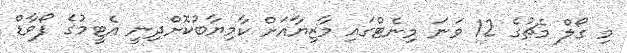
މި ގޯލް މެޗުގެ 12 ވަނަ މިނެޓްގައި މާޒިޔާއަށް ކާމިޔާބުކޮށްދިނީ އެޓީމުގެ ފޯވާޑް